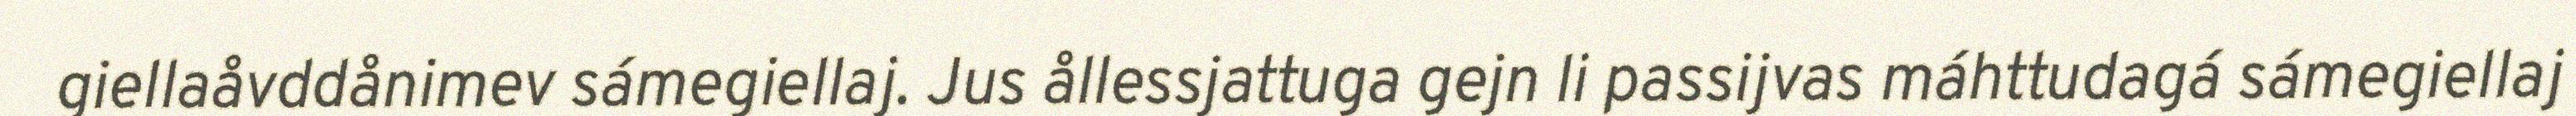
giellaåvddånimev sámegiellaj. Jus ållessjattuga gejn li passijvas máhttudagá sámegiellaj